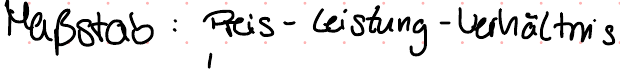
Maßstab : Preis-Leistung-Verhältnis